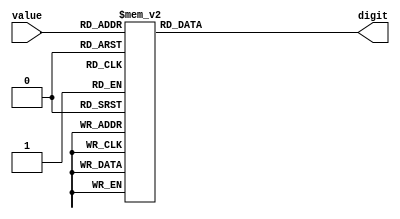
module segment_decoder (
    value,
    digit
);

input       [3:0]value;
output reg  [6:0]digit;

always @(value) begin
    case(value)
        0: digit=7'b111_1110;
        1: digit=7'b011_0000;
        2: digit=7'b110_1101;
        3: digit=7'b111_1001;
        4: digit=7'b011_0011;
        5: digit=7'b101_1011;
        6: digit=7'b101_1111;
        7: digit=7'b111_0000;
        8: digit=7'b111_1111;
        9: digit=7'b111_1011;
        default: digit=7'b111_1110;
    endcase
end
    
endmodule